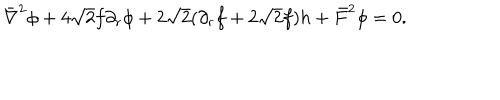
\bar { \nabla } ^ { 2 } \phi + 4 \sqrt 2 f \partial _ { r } \phi + 2 \sqrt 2 ( \partial _ { r } f + 2 \sqrt 2 f ) h + \bar { F } ^ { 2 } \phi = 0 .